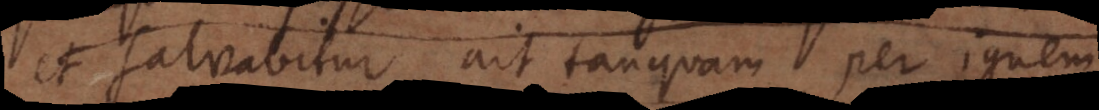
et salvabitur ait tanquam per ignem.